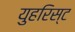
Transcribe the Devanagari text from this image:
युहरिस्ट